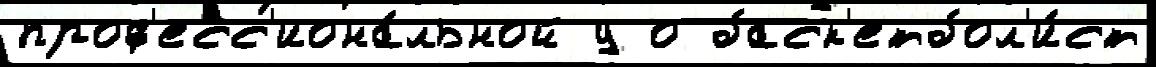
проф'есс'иона́льной у о баск'етбол'и́ст